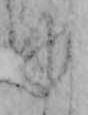
ゆ